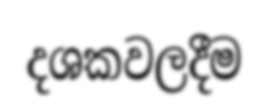
දශකවලදීම